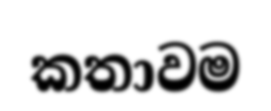
කතාවම